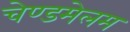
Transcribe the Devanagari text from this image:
चेण्डमेलम